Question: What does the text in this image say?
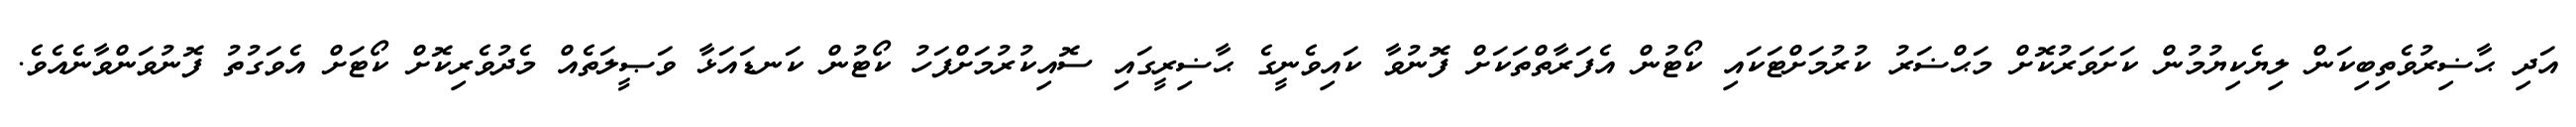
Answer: އަދި ޙާޟިރުވެތިބިކަން ލިޔެކިޔުމުން ކަށަވަރުކޮށް މަޙްޟަރު ކުރުމަށްޓަކައި ކޯޓުން އެފަރާތްތަކަށް ފޮނުވާ ކައިވެނީގެ ޙާޟިރީގައި ސޮއިކުރުމަށްފަހު ކޯޓުން ކަނޑައަޅާ ވަޞީލަތެއް މެދުވެރިކޮށް ކޯޓަށް އެވަގުތު ފޮނުވަންވާނެއެވެ.